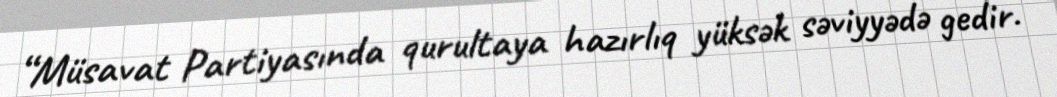
“Müsavat Partiyasında qurultaya hazırlıq yüksək səviyyədə gedir.